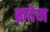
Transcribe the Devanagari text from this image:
क़देम